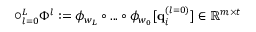
\bigcirc _ { l = 0 } ^ { L } \Phi ^ { l } : = \phi _ { w _ { L } } \circ . . . \circ \phi _ { w _ { 0 } } [ \mathbf { q } _ { i } ^ { ( l = 0 ) } ] \in \mathbb { R } ^ { m \times t }